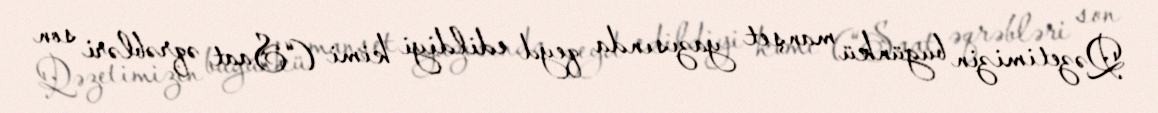
Qəzetimizin bugünkü manşet yazısında qeyd edildiyi kimi (“Saat əqrəbləri son